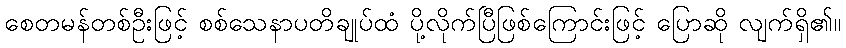
စေတမန်တစ်ဦးဖြင့် စစ်သေနာပတိချုပ်ထံ ပို့လိုက်ပြီဖြစ်ကြောင်းဖြင့် ပြောဆို လျက်ရှိ၏။